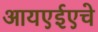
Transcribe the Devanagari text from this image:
आयएईएचे